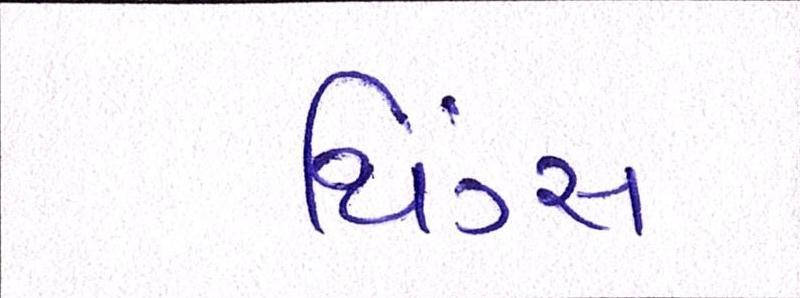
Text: થિંગ્સ